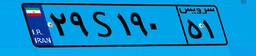
۵۰S۸۶۱۰۶